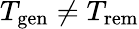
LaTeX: T_{\mathrm{gen}}\ne T_{\mathrm{rem}}